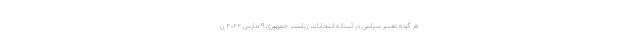
هر گونه تغییر سیاسی در آستانه انتخابات ریاست جمهوری ۹ مارس ۲۰۲۲ ن